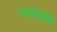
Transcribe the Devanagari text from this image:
भारतीयलोक